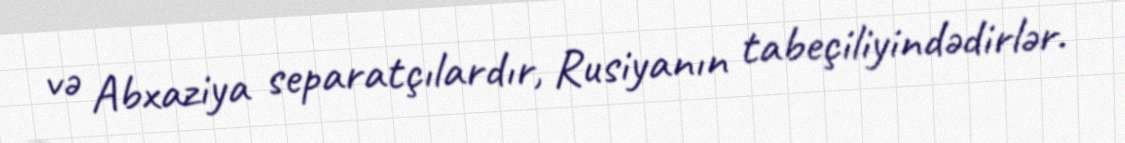
və Abxaziya separatçılardır, Rusiyanın tabeçiliyindədirlər.